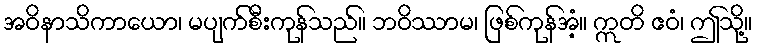
အဝိနာသိကာယော၊ မပျက်စီးကုန်သည်။ ဘဝိဿာမ၊ ဖြစ်ကုန်အံ့။ ဣတိ ဧဝံ၊ ဤသို့။